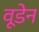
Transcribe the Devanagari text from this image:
वूडेन